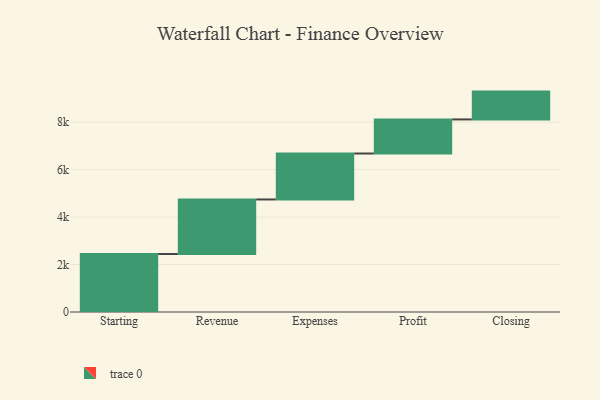
{"axis": {"x": "Step", "y": "Value"}, "legend": [""], "data": [{"x": "Starting", "y": 2445.0, "type": ""}, {"x": "Revenue", "y": 2297.0, "type": ""}, {"x": "Expenses", "y": 1937.0, "type": ""}, {"x": "Profit", "y": 1436.0, "type": ""}, {"x": "Closing", "y": 1173.0, "type": ""}]}